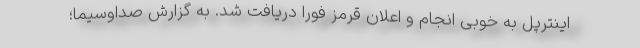
اینترپل به خوبی انجام و اعلان قرمز فورا دریافت شد. به گزارش صداوسیما؛